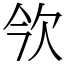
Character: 欦